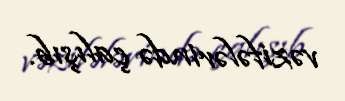
vəzifələrində çalışıb.